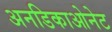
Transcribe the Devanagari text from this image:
अनडिकाओनेट